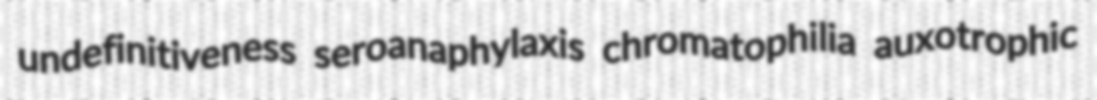
undefinitiveness seroanaphylaxis chromatophilia auxotrophic